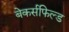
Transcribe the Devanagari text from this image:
बेकर्सफिल्ड